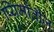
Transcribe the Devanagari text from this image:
प्यिमाँतीज